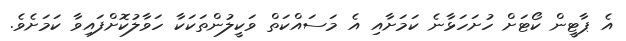
އެ ޕާޓީން ކޯޓަށް ހުށަހަޅާނެ ކަމަށާއި އެ މަސައްކަތް ވަކީލުންތަކަކާ ހަވާލުކޮށްފައިވާ ކަމަށެވެ.